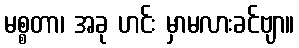
မစ္စတာ၊ အခု ဟင်း မှာမလားခင်ဗျာ။